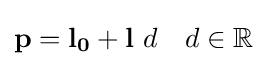
\mathbf {p} =\mathbf {l_{0}} +\mathbf {l} \ d\quad d\in \mathbb {R}